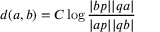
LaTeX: d ( a , b ) = C \log { \frac { | b p | | q a | } { | a p | | q b | } }